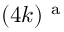
( 4 k ) ^ { \mathrm { ~ a ~ } }